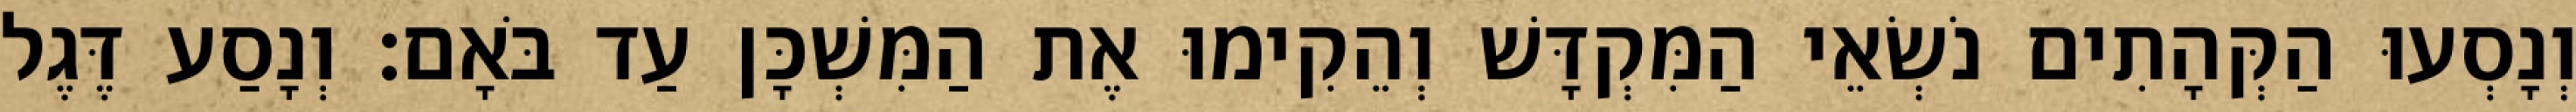
וְנָסְעוּ הַקְּהָתִים נֹשְׂאֵי הַמִּקְדָּשׁ וְהֵקִימוּ אֶת הַמִּשְׁכָּן עַד בֹּאָם׃ וְנָסַע דֶּגֶל